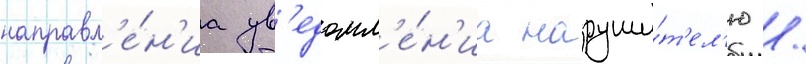
направл'е́н'иа ув'едомл'е́н'иа наруши́т'ел'ю /